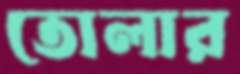
তোলার